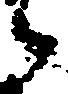
之